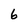
Character: b